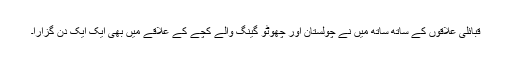
قبائلی علاقوں کے ساتھ ساتھ میں نے چولستان اور چھوٹو گینگ والے کچے کے علاقے میں بھی ایک ایک دن گزارا۔